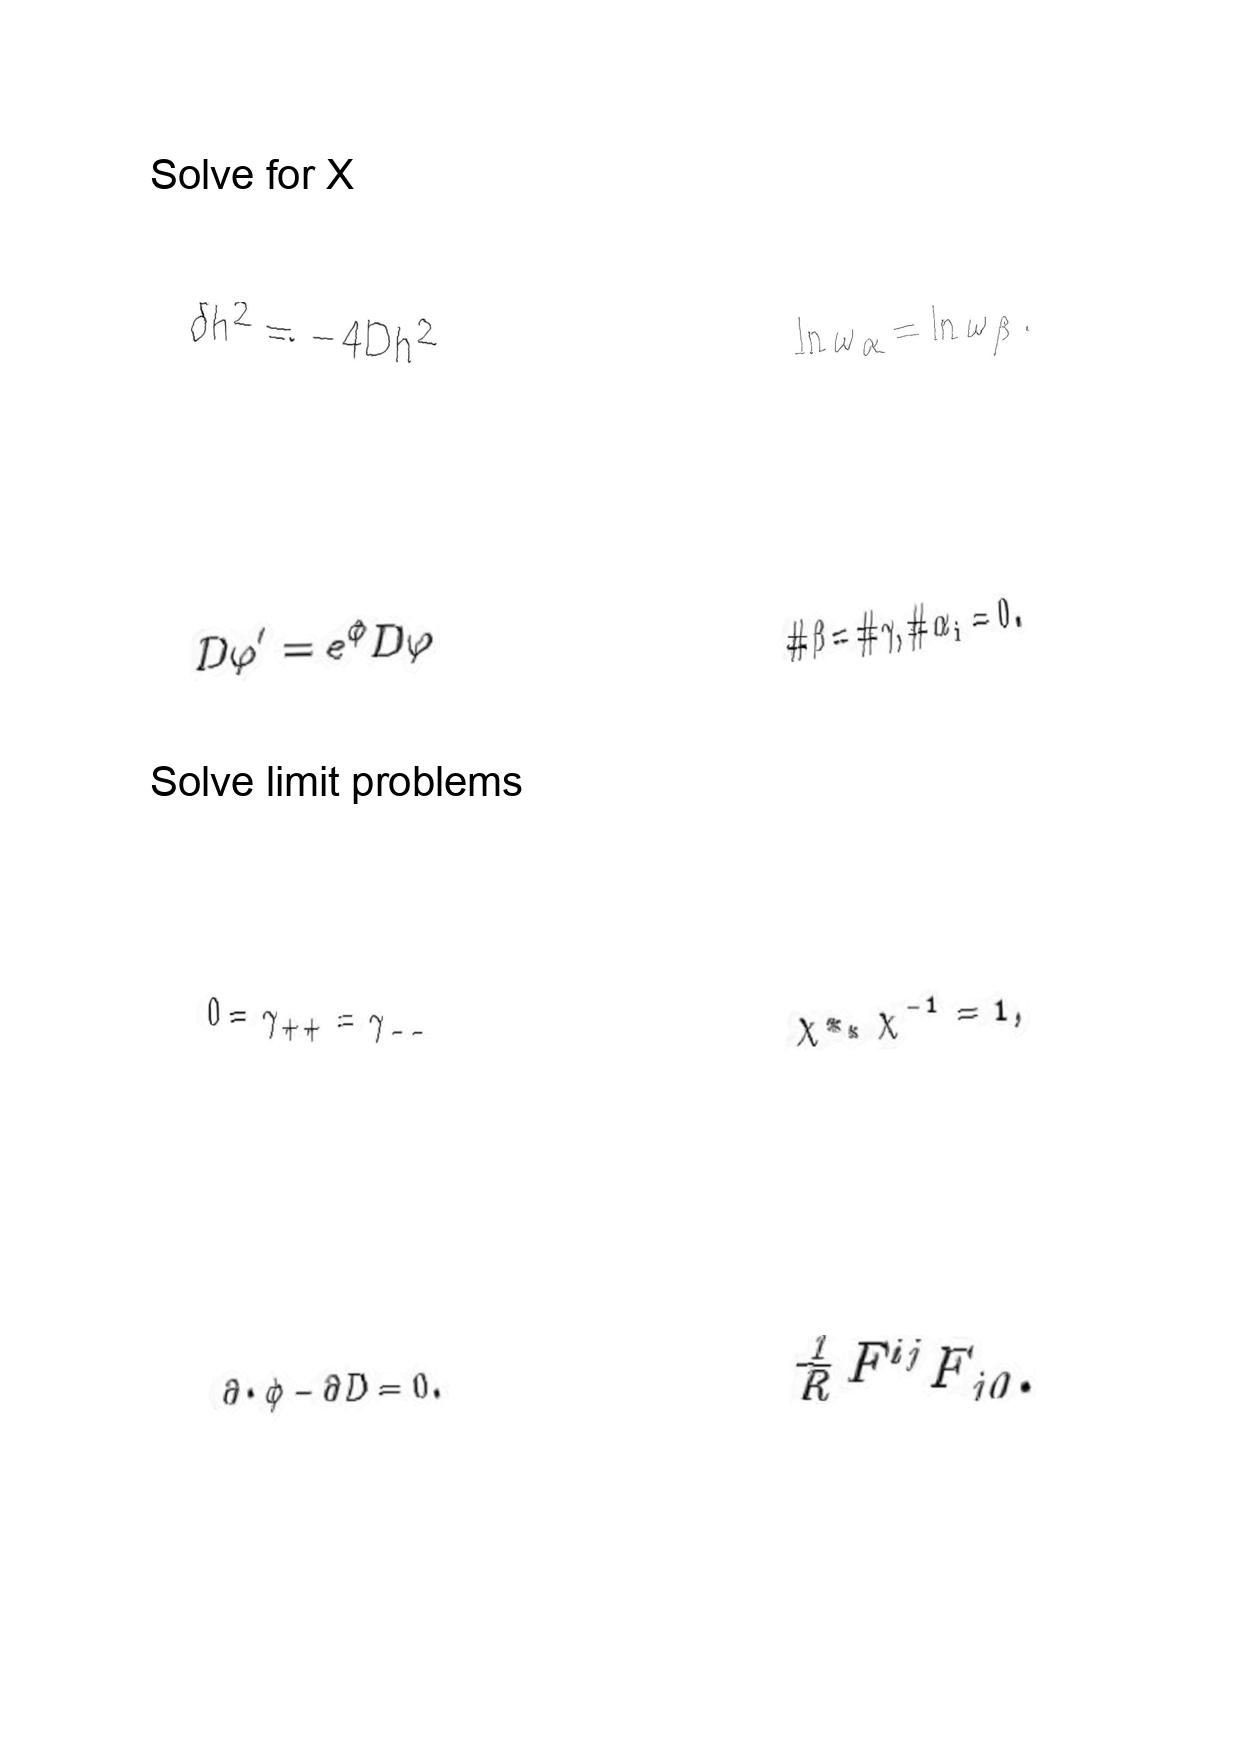
LaTeX transcription:
\delta h ^ { 2 } = - 4 D h ^ { 2 }
D \varphi ^ { \prime } = e ^ { \phi } D \varphi
0 = \gamma _ { + + } = \gamma _ { - - }
\partial \cdot \phi - \partial D = 0 .
\ln \omega _ { \alpha } = \ln \omega _ { \beta } .
\# \beta = \# \gamma , \# \alpha _ { i } = 0 .
\chi \ast _ { \ast } \chi ^ { - 1 } = 1 ,
\frac { 1 } { R } F ^ { i j } F _ { j 0 } .